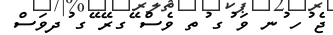
ޖެ ުހ ުނ ވަ ުގ ުތ ވެސް ޭގރޭ ޭގ ުދވަސް